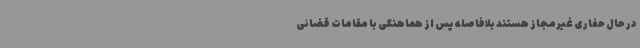
در حال حفاری غیرمجاز هستند بلافاصله پس از هماهنگی با مقامات قضائی